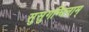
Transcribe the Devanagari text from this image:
सुसुगन्धिनाम्